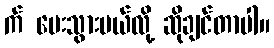
က် ပေးသွားမယ်လို့ ဆိုချင်တာပါ။